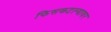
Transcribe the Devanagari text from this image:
फिसकटल्यावर